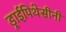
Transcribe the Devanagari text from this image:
ड्राईपिथेसीनी